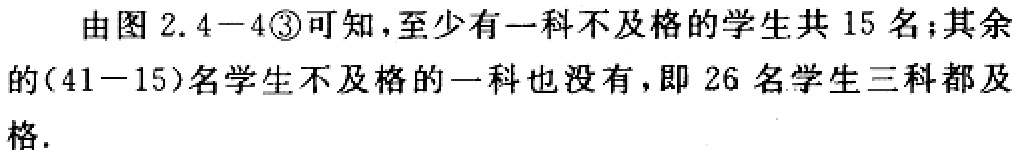
由图 2.4−4\textcircled{3}可知，至少有一科不及格的学生共 15 名；其余的(41−15)名学生不及格的一科也没有，即 26 名学生三科都及格.